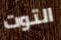
التوت